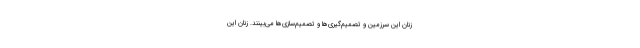
زنان این سرزمین و تصمیم‌گیری‌ها و تصمیم‌سازی‌ها می‌بینند. زنان این